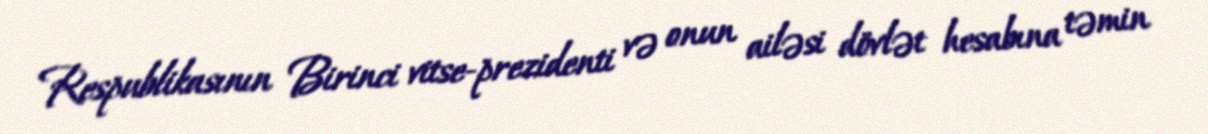
Respublikasının Birinci vitse-prezidenti və onun ailəsi dövlət hesabına təmin